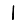
Digit: 1